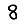
Digit: 8